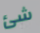
شئ